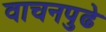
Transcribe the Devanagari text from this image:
वाचनपुढे